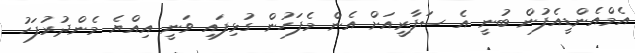
އެމްއެންޑީއެފުން ބުނީ އެ ސަފާރީއަށް އެން މެފަހުން ގުޅިފައި ވަނީ އިއްޔެ މެންދުރުފަހު